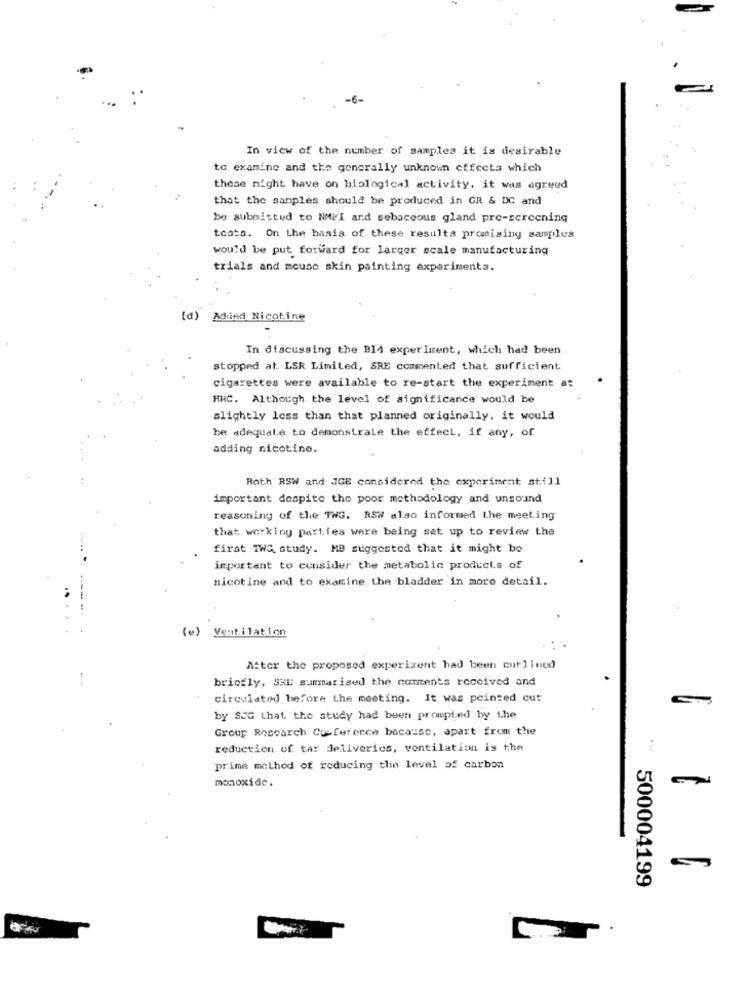
-6-
In view of the number of samples it is desirable
to examine and the generally unknown effects which
these night have on biological activity, it was agreed
that the samples should be produced in GR & DC and
be submitted to NMVI and sebaceous gland pro-sercening
toata. On the basis of these results promising samples
would be put forward for larger scale manufacturing
trials and mouse skin painting experimenta.
(d) Added Nicotine
In discussing the B14 experiment, which had been
stopped at. LSR Limited, SRE commented that sufficient.
cigarettes were available to re-start the experiment at
HRC. Although the level of significance would be
slightly less than that planned originally. it would
be adequale to demonstrale the effect, if any, of
adding nicotine.
Roth RSW and JGE considered the experiment still
important despite the poor methodology and unsound
reasoning of the TWG. RSW also informed Lhe meeting
that working parties were being set up to review the
first TWO, study. MB suggested that it might be
important to consider the metabolic products of
nicotine and to examine the bladder in more detail.
---
(e) Ventilation
After the proposed experiment had been outlined
bricfly, SHE summarised the comments received and
circulated before the meeting. It was pointed cut
by SEG that the study had been prompted by the
Group Research Conference because, apart from the
reduction of tar deliveries, ventilation is the
prime method of reducing the level of carbon
monoxide.
500004199